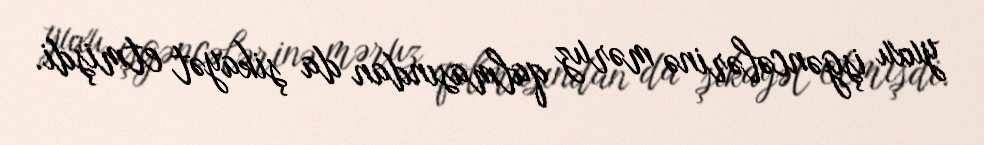
yuxu işgəncələrinə məruz qalmasından da şikayət etmişdi.